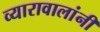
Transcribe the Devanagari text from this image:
व्यारावालांनी